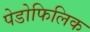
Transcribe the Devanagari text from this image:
पेडोफिलिक